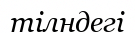
тілндегі